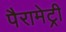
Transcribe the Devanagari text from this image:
पैरामेट्री